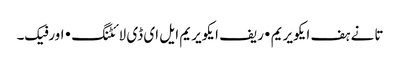
تانے ہف ایکویریم • ریف ایکویریم ایل ای ڈی لائٹنگ • اورفیک۔